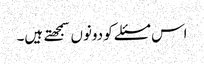
اس مسئلے کو دونوں سمجهتے ہیں۔